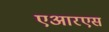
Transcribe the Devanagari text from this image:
एआरएस